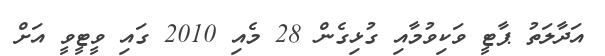
އަދާލަތު ޕާޓީ ވަކިވުމާއި ގުޅިގެން 28 މެއި 2010 ގައި ވީޓީވީ އަށް